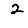
Digit: 2